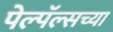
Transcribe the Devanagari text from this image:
पेल्पॅल्सच्या